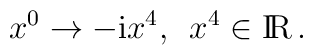
x^0 \to -{\rm i} x^4, \enspace x^4 \in{\rm I\!R}\,.